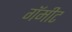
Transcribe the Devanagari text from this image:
गॅमीट